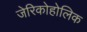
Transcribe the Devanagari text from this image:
जेरिकोहोलिक